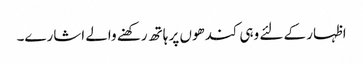
اظہار کے لئے وہی کندھوں پر ہاتھ رکھنے والے اشارے۔